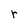
Character: r